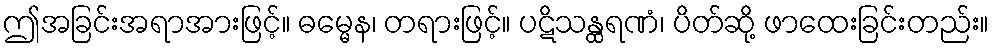
ဤအခြင်းအရာအားဖြင့်။ ဓမ္မေန၊ တရားဖြင့်။ ပဋိသန္ထရဏံ၊ ပိတ်ဆို့ ဖာထေးခြင်းတည်း။